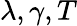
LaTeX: \lambda,\gamma,T